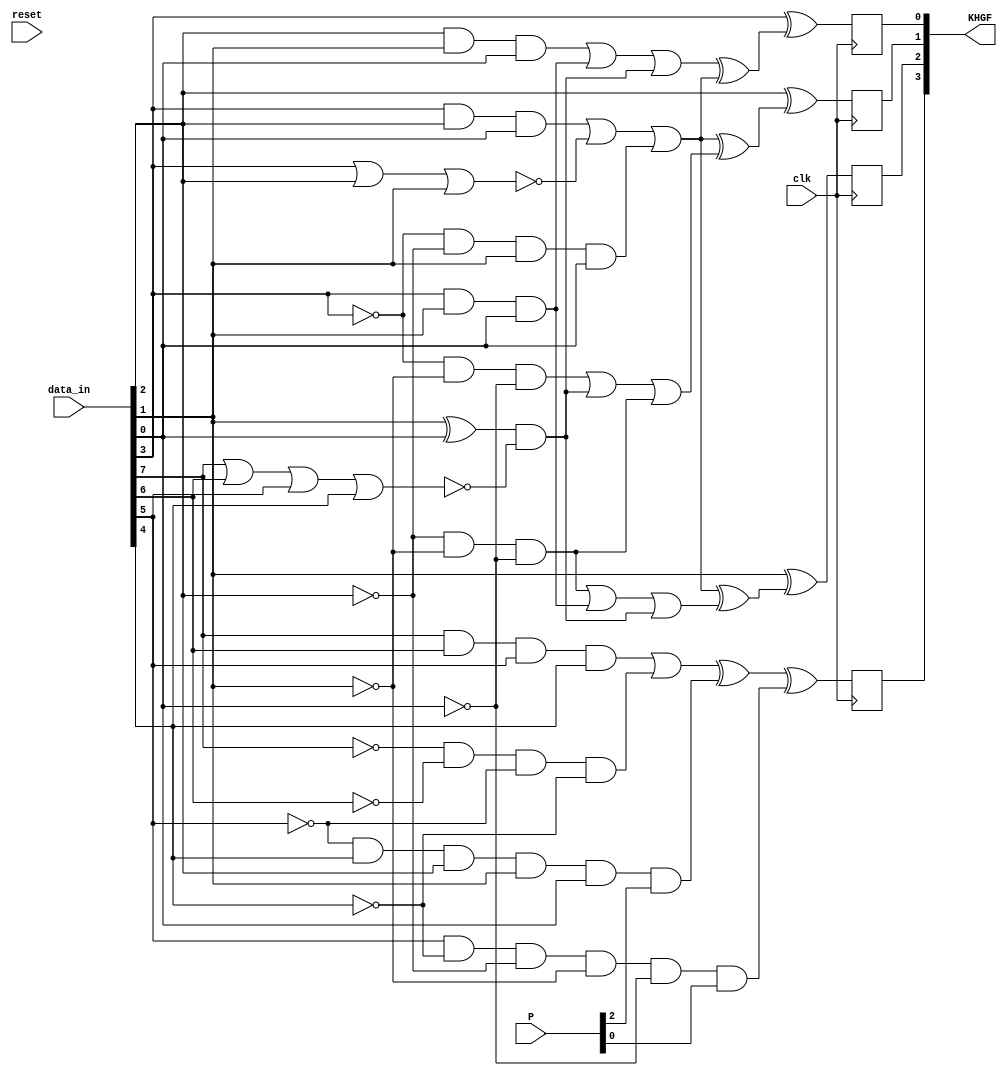
`timescale 1ns / 1ps
//////////////////////////////////////////////////////////////////////////////////
// Company: 
// Engineer: 
// 
// Design Name: 
// Module Name: fcn4b3b
// Project Name: 
// Target Devices: 
// Tool Versions: 
// Description: 
// 
// Dependencies: 
// 
// Revision:
// Revision 0.01 - File Created
// Additional Comments:
// 
//////////////////////////////////////////////////////////////////////////////////


module fcn4b3b(
    input clk, 
    input reset,
    input [7:0] data_in,
    input [2:0] P,
    output [3:0] KHGF
    );
    
    wire c, d, e, i, f, g, h, j;
    assign {c, d, e, i, f, g, h, j} = data_in;
    wire P13, P22, P31; 
    assign {P13, P22, P31} = P;
    reg K, F, G, H;
    
    always @(posedge clk)
    begin
        F = f ^ (((g & h & j) | (f & h & j) | ((h ^ j) & ~(c | d | e | i)))
              ^ ((f & g & j) | ~(f | g | h) | (~f & ~g & h & j)));
        G = g ^ (((f & g & j) | ~(f | g | h) | (~f & ~g & h & j))
              ^ ((~f & ~h & ~j) | ((h ^ j) & ~(c | d | e | i)) | (~g & ~h & ~j)));
        H = h ^ (((f & g & j) | ~(f | g | h) | (~f & ~g & h & j))
              ^ ((~g & ~h & ~j) | (f & h & j) | ((h ^ j) & ~(c | d | e | i))));
        K = ((c & d & e & i) | (~c & ~d & ~e & ~i)) ^
            (~e & i & g & h & j & P13) ^ (e & ~i & ~g & ~h & ~j & P31);  
    end
    
    assign KHGF = {K, H, G, F};
endmodule